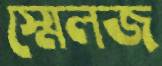
স্মেলজ